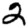
Digit: 2